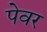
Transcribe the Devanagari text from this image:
पेवर